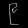
Digit: ၉